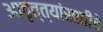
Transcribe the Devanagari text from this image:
आवृत्त्यांसाठीचे